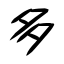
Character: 多